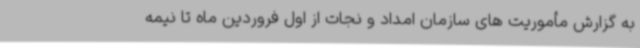
به گزارش مأموریت های سازمان امداد و نجات از اول فروردین ماه تا نیمه